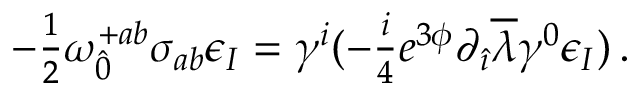
- { \textstyle \frac { 1 } { 2 } } \omega _ { \hat { 0 } } ^ { + a b } \sigma _ { a b } \epsilon _ { I } = \gamma ^ { i } ( - { \textstyle \frac { i } { 4 } } e ^ { 3 \phi } \partial _ { \hat { \imath } } \overline { { { \lambda } } } \gamma ^ { 0 } \epsilon _ { I } ) \, .